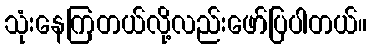
သုံးနေကြတယ်လို့လည်းဖော်ပြပါတယ်။